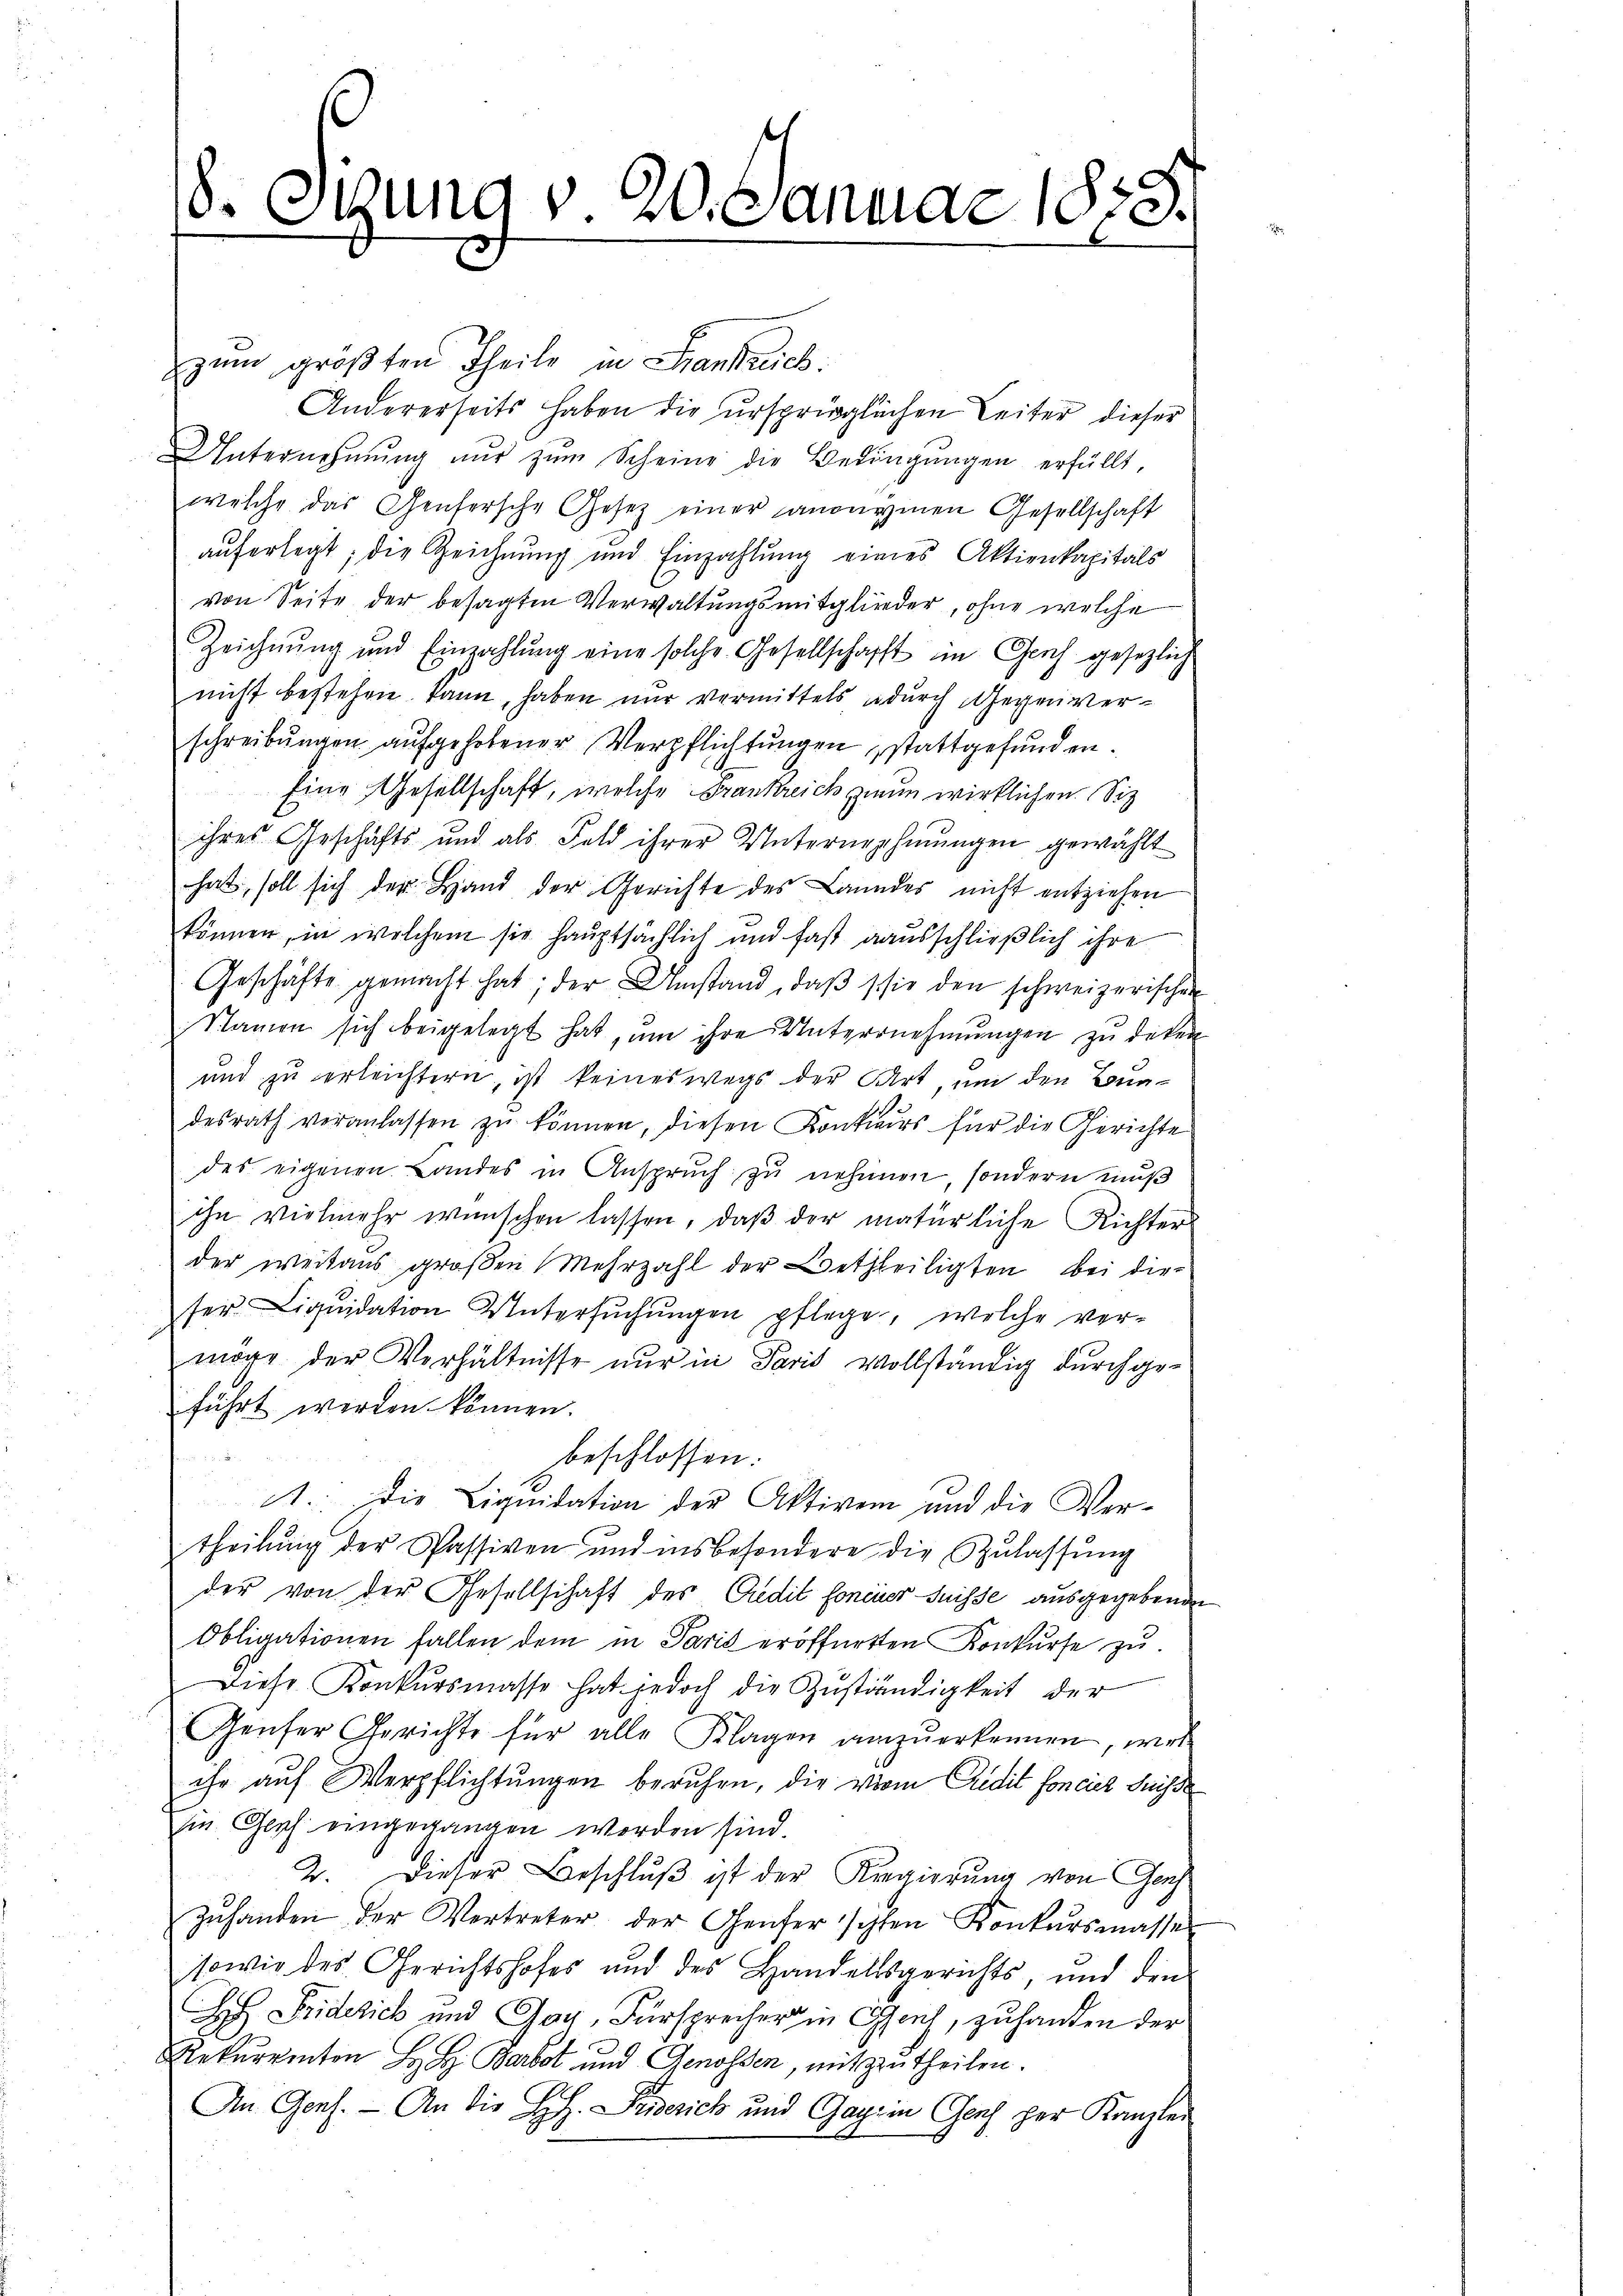
8. Otzung v. 20. Januar 1858.

zum größten Theile in Sankreich.
Andererseits haben die urspringlichen Leiter dieser
Unternehmŭng nŭr zŭm Scheine die Bedingŭngen erfüllt,
welche das Genfersche Gesetz einer anonymen Gesellschaft
auferlegt; die Reichnung und Einzahlŭng eines Aktienkapitals
von Seite der besagten Verwaltungsmitglieder, ohne welche
Zeichnung und Einzahlŭng eine solche Gesellschafft in Geich gesezlich
nicht bestehen kann, haben nur vermittels adurch Gegen verschreibungen aufgehobener Verpflichtungen stattgefunden.
Eine Gesellschaft, welche Frankreich zum wirklichen Siz
ihres Geschäfts und als Feld ihrer Unternehmungen gewählt
hat, soll sich der Hand der Gerichte des Laundes nicht entziehen
können, in welchem sie hauptsächlich und fast ausschließlich ihre
Geschäfte gemacht hat; der Umstand, daβ sie den schweizerischen
Namen sich beigelegt hat, um ihre Unternehmungen zu deten
und zu erleichtern, ist keineswegs der Art, um den Bundesrath veranlassen zŭ können, diesen Konkurs für die Gerichte
des eigenen Landes in Anspruch zu nehmen, sondern muß
ihn vielmehr wünschen lassen, daß der natürliche Richter
der weitaus großen Mehrzahl der Betheiligten, bei die
ser Liqŭidation Untersŭchŭngen pflege, welche ver-
möge der Verhältnisse nur in Paris vollständig durchgeführt werden können.
beschlossen:
A.. Die Liquidation der Aktiven und die Vertheilung der Passiven und insbesondere die Zulassŭng
der von der Gesellschaft des Gedit foncier Suisse ausgegebenden
Obligationen fallen dem in Paris eröffnetten Konkurse zu
Diese Konkursmasse hat jedoch die Zŭständigkeit der
Genser Gerichte für alle Klagen anzŭerkennen, wel
ihr auf Verpflichtungen beruhen, die vion Credit foncier Suisse
in Glich eingegangen worden sind.
2. Dieser Beschluß ist der Kregierung von Ganz
zŭhanden der Vertreter der Genferischen Konkursmasse
sowie des Gerichtshofes und des Handelsgerichts, und den
HH. Friderich und Gay, Fürsprecher in Genf, zuhanden der
Rekurrenten H. H. Barbot und Genossen, mitzutheilen.
An Genf. — An die H.H. Friserich und Gage in Genf per Kanzlei